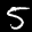
Label: 5